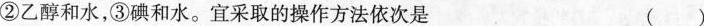
②乙醇和水，③碘和水。宜采取的操作方法依次是 ()